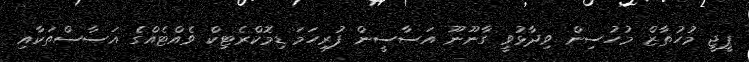
ޕީޖީ މުހުތާޒް މުހުސިން ވިދާޅުވީ ގާނޫނޫ އަސާސީން ފުރިހަމަ ޑިމޮކްރެޓިކް ވެއްޓެއްގެ އަސާސްތަކާއި